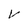
Character: V